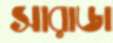
সারাডা